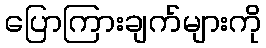
ပြောကြားချက်များကို